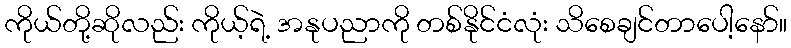
ကိုယ်တို့ဆိုလည်း ကိုယ့်ရဲ့ အနုပညာကို တစ်နိုင်ငံလုံး သိစေချင်တာပေါ့နော်။